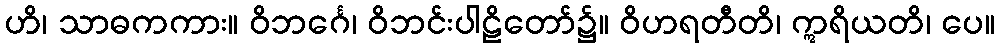
ဟိ၊ သာဓကကား။ ဝိဘင်္ဂေ၊ ဝိဘင်းပါဠိတော်၌။ ဝိဟရတီတိ၊ ဣရိယတိ၊ ပေ။